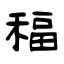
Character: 稫